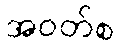
အဝတ်စ